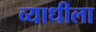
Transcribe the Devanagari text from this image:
व्याधीला